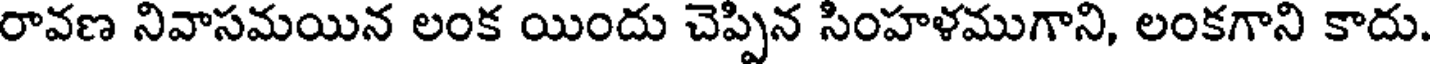
రావణ నివాసమయిన లంక యిందు చెప్పిన సింహళముగాని, లంకగాని కాదు.